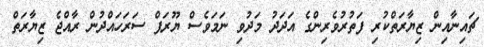
ޗައިނާއިން ޒިޔާރަތްކުރި ފަތުރުވެރިންގެ އަދަދު މަދުވި ނަމަވެސް ޔޫރަޕް ސަރަހައްދުން ރާއްޖެ ޒިޔާރަތް